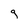
Character: q